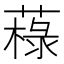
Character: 𦼋